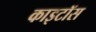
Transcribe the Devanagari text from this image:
काइटॉस